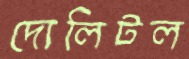
দোলিটল